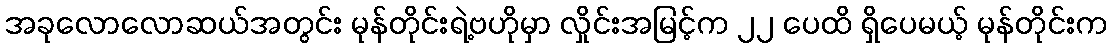
အခုလောလောဆယ်အတွင်း မုန်တိုင်းရဲ့ဗဟိုမှာ လှိုင်းအမြင့်က ၂၂ ပေထိ ရှိပေမယ့် မုန်တိုင်းက